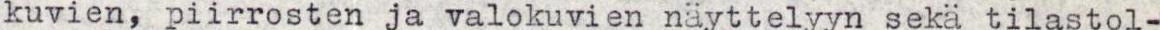
kuvien, piirrosten ja valokuvien näyttelyyn sekä tilastol-